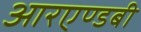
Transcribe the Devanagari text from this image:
आरएण्डबी